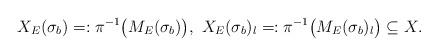
LaTeX: \begin{align*} X_E(\sigma_b)=:\pi^{-1}\big(M_E(\sigma_b)\big),\,\,X_E(\sigma_b)_l=:\pi^{-1}\big(M_E(\sigma_b)_l\big)\subseteq X.\end{align*}